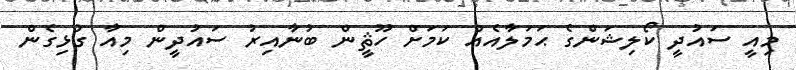
މިއީ ސައުދީ ކޯލިޝަންގެ ޙަމަލާއެއް ކަމަށް ހޫޘީން ބުނާއިރު ސައުދީން މިއާ ގުޅިގެން